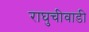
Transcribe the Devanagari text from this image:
राघुचीवाडी